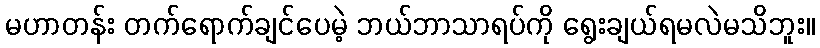
မဟာတန်း တက်ရောက်ချင်ပေမဲ့ ဘယ်ဘာသာရပ်ကို ရွေးချယ်ရမလဲမသိဘူး။